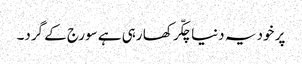
پر خود یہ دنیا چکّر کھا رہی ہے سورج کے گرد۔